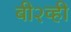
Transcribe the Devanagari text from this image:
बी२व्ही